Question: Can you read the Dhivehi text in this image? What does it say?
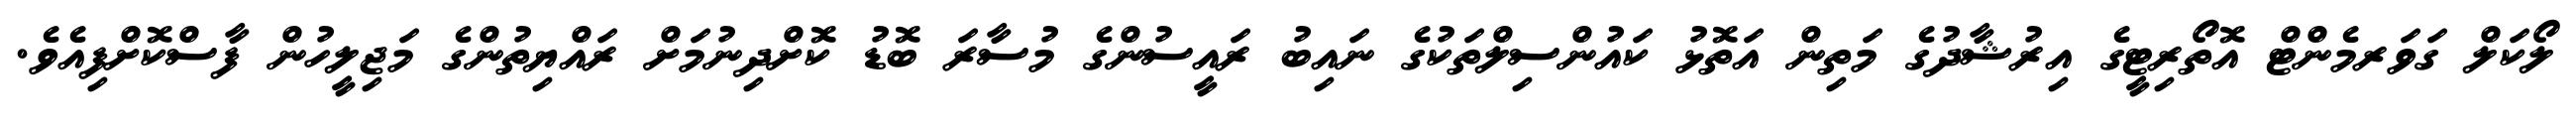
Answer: ލޯކަލް ގަވަރމެންޓް އޮތޯރިޓީގެ އިރުޝާދުގެ މަތިން އަތޮޅު ކައުންސިލްތަކުގެ ނައިބު ރައީސުންގެ މުސާރަ ބޮޑު ކޮށްދިނުމަށް ރައްޔިތުންގެ މަޖިލީހުން ފާސްކޮށްފިއެވެ.